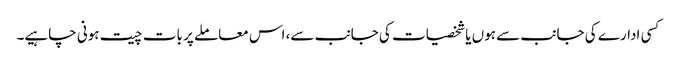
کسی ادارے کی جانب سے ہوں یا شخصیات کی جانب سے، اس معاملے پر بات چیت ہونی چاہیے۔